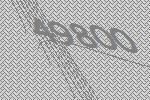
49800